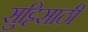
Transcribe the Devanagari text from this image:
सुट्टिसाठी